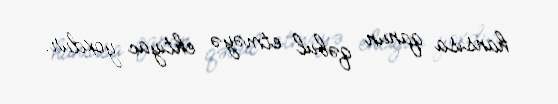
hansısa qanun qəbul etməyə ehtiyac yoxdur.